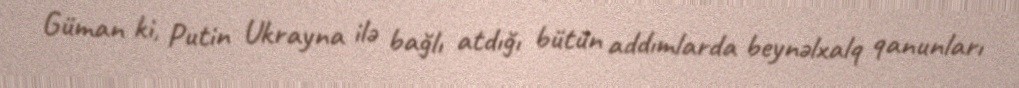
Güman ki, Putin Ukrayna ilə bağlı atdığı bütün addımlarda beynəlxalq qanunları